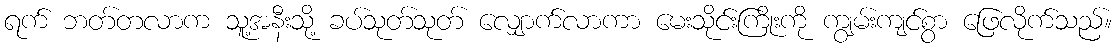
ရက် ဘတ်တလာက သူ့အနီးသို့ ခပ်သုတ်သုတ် လျှောက်လာကာ မေးသိုင်းကြိုးကို ကျွမ်းကျင်စွာ ဖြေလိုက်သည်။